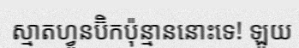
ស្មាតហ្វូនប៊ិកប៉ុន្មាននោះទេ! ឡូយ